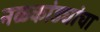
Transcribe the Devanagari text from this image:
नळकांड्यांचा